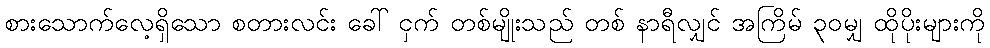
စားသောက်လေ့ရှိသော စတားလင်း ခေါ် ငှက် တစ်မျိုးသည် တစ် နာရီလျှင် အကြိမ် ၃၀မျှ ထိုပိုးများကို